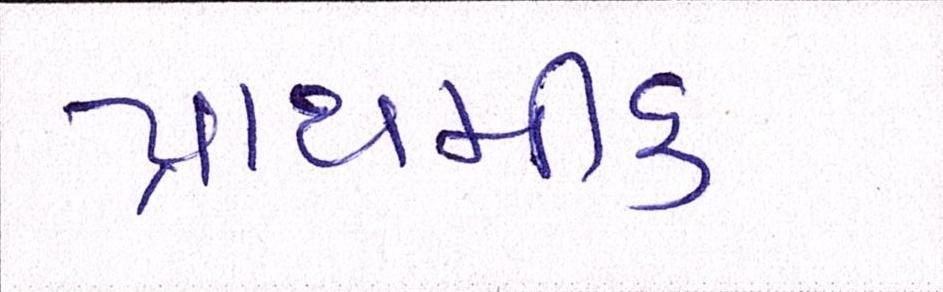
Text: પ્રાથમીક